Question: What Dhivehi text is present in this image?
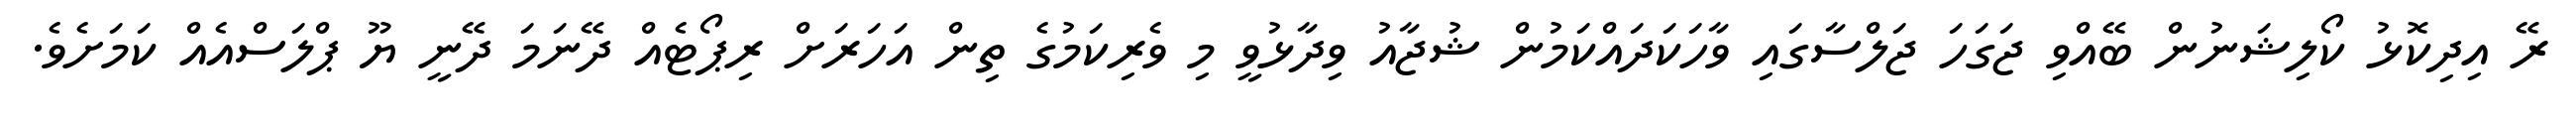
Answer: ރޭ އިދިކޮޅު ކޯލިޝަނުން ބޭއްވި ޖަގަހަ ޖަލްސާގައި ވާހަކަދައްކަމުން ޝުޖާއު ވިދާޅުވީ މި ވެރިކަމުގެ ތިން އަހަރަށް ރިޕޯޓެއް ދޭނަމަ ދޭނީ ޔޫ ޕްލަސްއެއް ކަމަށެވެ.